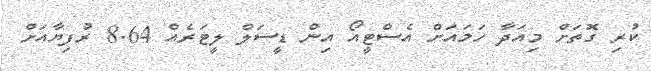
ކުރި ގޮތަށް މިއަދާ ހަމައަށް އެސްޓީއޯ އިން ޑީސަލް ލީޓަރެއް 8.64 ރުފިޔާއަށް